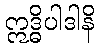
ဣဒ္ဓိပါဒါနိ